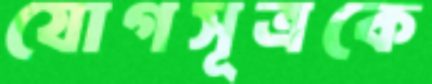
যোগসূত্রকে